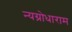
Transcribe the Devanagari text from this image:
न्यग्रोधाराम